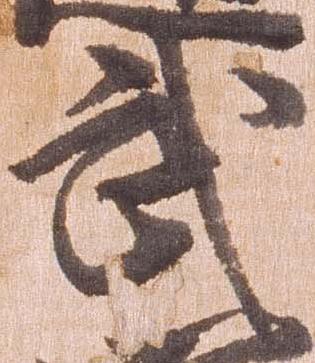
武